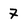
Character: 7